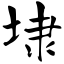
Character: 埭